Report of the Indian Hemp Drugs Commission, 1894-1895 - Volume VI
Year: 1894
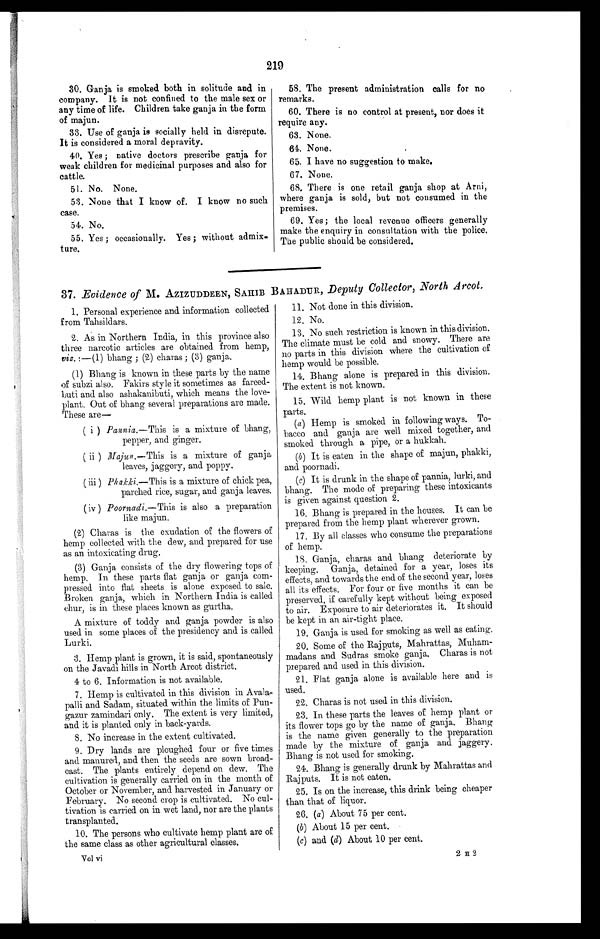
219
30. Ganja is smoked both in solitude and in
company. It is not confined to the male sex or
any time of life. Children take ganja in the form
of majun.
33. Use of ganja is socially held in disrepute.
It is considered a moral depravity.
40. Yes ; native doctors prescribe ganja for
weak children for medicinal purposes and also for
cattle.
51. No. None.
53. None that I know of. I know no such
case.
54. No.
55. Yes ; occasionally. Yes ; without admix
—ture.
58. The present administration calls for no
remarks.
60. There is no control at present, nor does it
require any.
63. None.
64. None.
65. I have no suggestion to make.
67. None.
68, There is one retail ganja shop at Arni,
where ganja is sold, but not consumed in the
premises.
69. Yes; the local revenue officers generally
make the enquiry in consultation with the police.
The public should be considered.
37. Evidence of M. AZIZUDDEEN, SAHIB BAHADUR, Deputy Collector, North Arcot.
1. Personal experience and information collected
from Tahsi ld ars.
2. As in Northern India, in this province also
three narcotic articles are obtained from hemp,
viz. :—(1) bhang ; (2) chains ; (3) ganja.
(1) Bhang is known in these parts by the name
of subzi also. Fakirs style it sometimes as fareed
—buti and also ashakanibuti, which means the love
— p l a n t . O u t o f b h a n g s e v e r a l p r e p a r a t i o n s a r e m a d e .
These are
—
( i ) Pannia.—This is a mixture of bhang,
pepper, and ginger.
(ii ) Majun .—This is a mixture of ganja
leaves, jaggery, and poppy.
(iii) Ph akki.—This is a mixture of chick pea,
parched rice, sugar, and ganja leaves.
(iv)) Poornadi .—This is also a preparation
like majun.
(2) Charas is the exudation of the flowers of
hemp collected with the dew, and prepared for use
as an intoxicating drug.
(3) Ganja consists of the dry flowering tops of
hemp. In these parts flat ganja or ganja com
— p r e s s e d i n t o f l a t s h e e t s i s a l o n e e x p o s e d t o s a l e .
Broken ganja, which in Northern India is called
chur, is in these places known as gurtha.
A mixture of toddy and ganja powder is also
used in some places of the presidency and is called
Lurki.
3. Hemp plant is grown, it is said, spontaneously
on the Javadi hills in North Arcot district.
4 to 6. Information is not available.
7. Hemp is cultivated in this division in Avala
—palli and Sadam, situated within the limits of Pun
— g a z u r z a m i n d a r i o n l y . T h e e x t e n t i s v e r y l i m i t e d ,
and it is planted only in back—yards.
8 . N o i n c r e a s e i n t h e e x t e n t c u l t i v a t e d .
9. Dry lands are ploughed four or five times
and manured, and then the seeds are sown broad
— c a s t . T h e p l a n t s e n t i r e l y d e p e n d o n d e w . T h e
cultivation is generally carried on in the month of
October or November, and harvested in January or
February. No second crop is cultivated. No cul
- t i v a t i o n i s c a r r i e d o n i n w e t l a n d , n o r a r e t h e p l a n t s
transplanted.
10. The persons who cultivate hemp plant are of
the same class as other agricultural classes.
Vol vi
11. 11. Not done in this division.
12. No.
13. No such restriction is known in this division.
The climate must be cold and snowy. There are
no parts in this division where the cultivation of
hemp would be possible.
14. Bhang alone is prepared in this division.
The extent is not known.
15. Wild hemp plant is not known in these
parts.
(a) Hemp is smoked in following ways. To
-bacco and ganja are well mixed together, and
smoked through a pipe, or a hukkah.
(b ) It is eaten in the shape of majun, phakki,
and poornadi.
(c) It is drunk in the shape of pannia, lurki, and
bhang. The mode of preparing these intoxicants
is given against question 2.
16. Bhang is prepared in the houses. It can be
prepared from the hemp plant wherever grown.
17. By all classes who consume the preparations
of hemp.
18. Ganja, charas and bhang deteriorate by
keeping. Ganja, detained for a year, loses its
effects, and towards the end of the second year, loses
all its effects. For four or five months it can be
preserved, if carefully kept without being exposed.
to air. Exposure to air deteriorates it. It should
be kept in an air—tight place.
19. Ganja is used for smoking as well as eating.
20. Some of the Rajputs, Mahrattas, Muham
-madans and Sudras smoke ganja. Charas is not
prepared and used in this division.
21. Flat ganja alone is available here and is
used.
22. Charas is not used in this division.
23. In these parts the leaves of hemp plant or
its flower tops go by the name of ganja. Bhang
is the name given generally to the preparation
made by the mixture of ganja and jaggery.
Bhang is not used for smoking.
24. Bhang is generally drunk by Mahrattas and
Rajputs. It is not eaten.
25. Is on the increase, this drink being cheaper
than that of liquor.
26. (a) About 75 per cent.
(b) About 15 per cent.
(c) and (d) About 10 per cent.
2 H 2